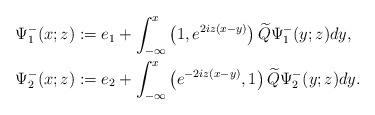
LaTeX: \begin{align*}&\Psi^-_1(x;z):=e_1+\int_{-\infty}^x\left(1,e^{2iz(x-y)}\right)\widetilde{Q} \Psi^-_1(y;z) dy, \\&\Psi^-_2(x;z):=e_2+\int_{-\infty}^x\left(e^{-2iz(x-y)},1\right)\widetilde{Q} \Psi^-_2(y;z) dy.\end{align*}